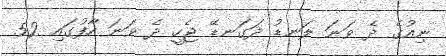
ނިއުގެ ދެ ވަނަ ލަނޑު ދަގަނޑޭ ޖެހީ ދެ ވަނަ ހާފުގައި 52